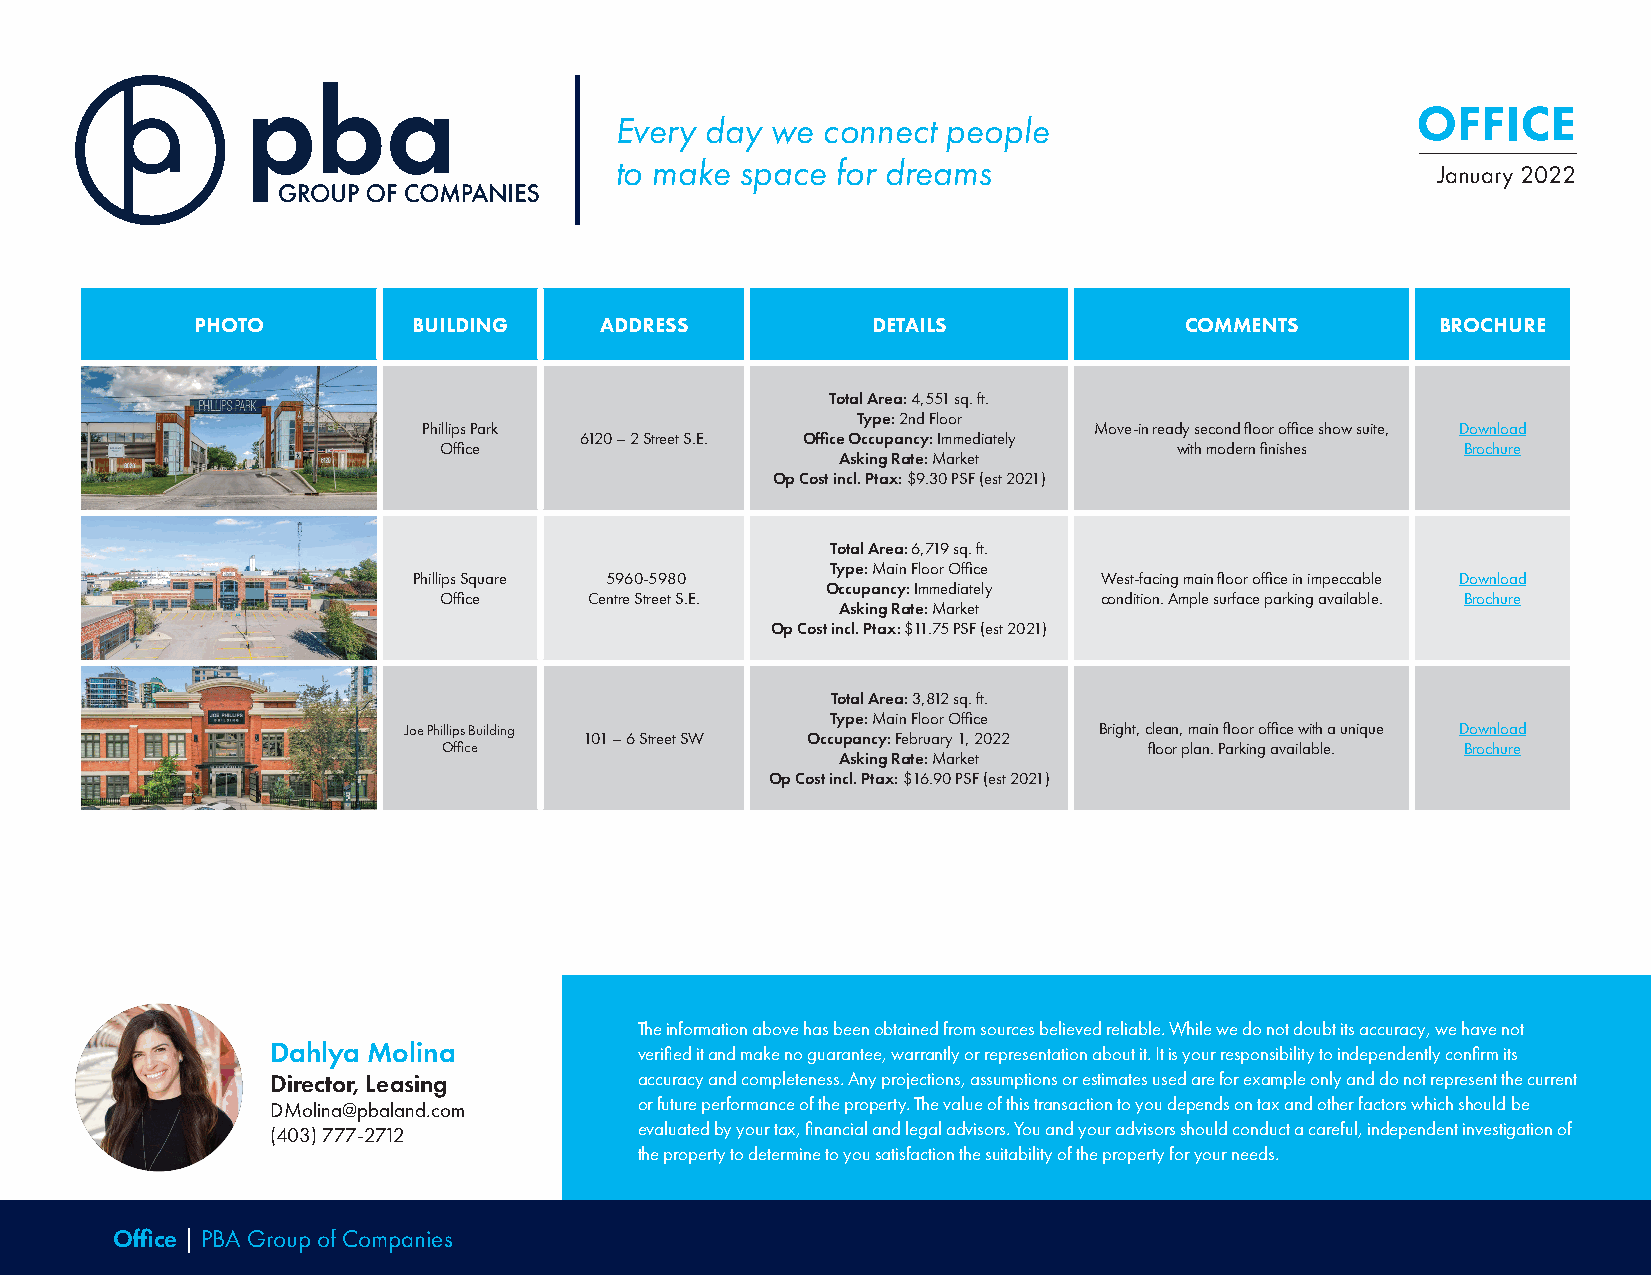
OFFICE
 Every day we connect  people
 to make space for dreams
 January 2022
 PHOTO         BUILDING     ADDRESS           DETAILS             COMMENTS         BROCHURE
 Total Area: 4,551 sq. ft.
 Type: 2nd Floor
 Phillips Park                               Move-in ready second floor office show suite, Download
 6120 – 2 Street S.E. Office Occupancy: Immediately
 Office                                           with modern finishes Brochure
 Asking Rate: Market
 Op Cost incl. Ptax: $9.30 PSF (est 2021)
 Total Area: 6,719 sq. ft.
 Type: Main Floor Office
 Phillips Square 5960-5980                     West-facing main floor office in impeccable Download
 Occupancy: Immediately
 Office    Centre Street S.E.                condition. Ample surface parking available. Brochure
 Asking Rate: Market
 Op Cost incl. Ptax: $11.75 PSF (est 2021)
 Total Area: 3,812 sq. ft.
 Type: Main Floor Office
 Joe Phillips Building                         Bright, clean, main floor office with a unique Download
 101 – 6 Street SW Occupancy: February 1, 2022
 Office                                         floor plan. Parking available. Brochure
 Asking Rate: Market
 Op Cost incl. Ptax: $16.90 PSF (est 2021)
 The information above has been obtained from sources believed reliable. While we do not doubt its accuracy, we have not
 Dahlya Molina           verified it and make no guarantee, warrantly or representation about it. It is your responsibility to independently confirm its
 Director, Leasing       accuracy and completeness. Any projections, assumptions or estimates used are for example only and do not represent the current
 DMolina@pbaland.com     or future performance of the property. The value of this transaction to you depends on tax and other factors which should be
 (403) 777-2712          evaluated by your tax, financial and legal advisors. You and your advisors should conduct a careful, independent investigation of
 the property to determine to you satisfaction the suitability of the property for your needs.
 Office | PBA Group of Companies